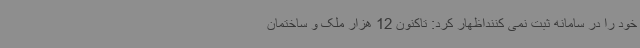
خود را در سامانه ثبت نمی کننداظهار کرد: تاکنون 12 هزار ملک و ساختمان